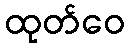
ထုတ်ဝေ